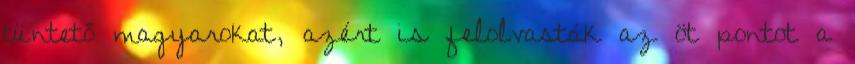
tüntető magyarokat, azért is felolvasták az öt pontot a